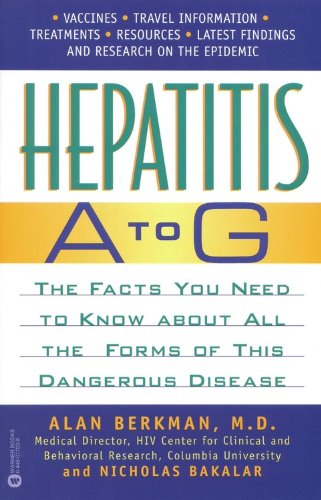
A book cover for Hepatitis A to G: The Facts You Need to Know About All the Forms of This Dangerous Disease; Alan Berkman; Health, Fitness & Dieting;